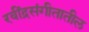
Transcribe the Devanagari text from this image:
रवींद्रसंगीतातील